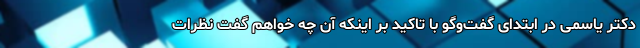
دکتر یاسمی در ابتدای گفت‌وگو با تاکید بر اینکه آن چه خواهم گفت نظرات